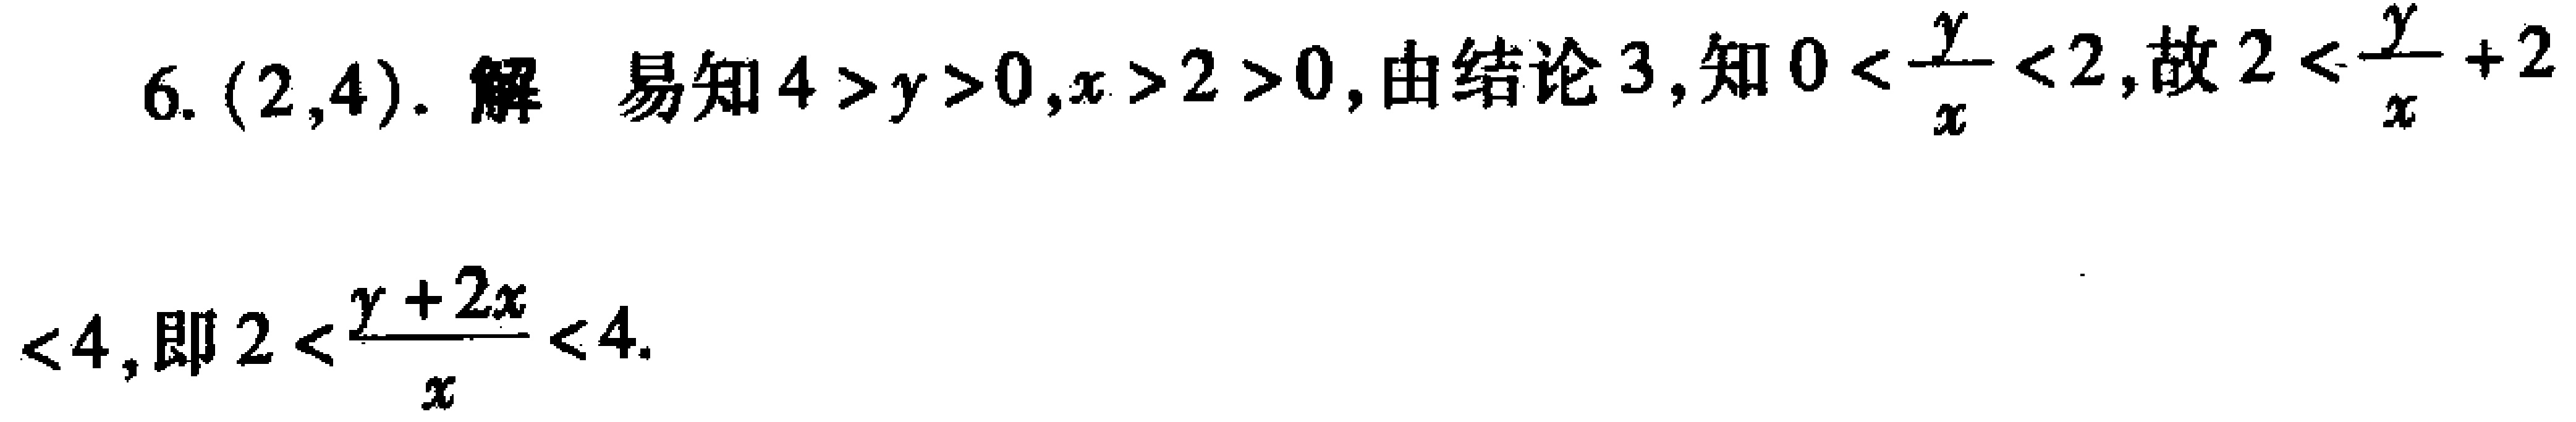
6. $(2,4)$. 解 易知$4 > y > 0,x > 2 > 0$, 由结论 3, 知$0<\frac{y}{x}<2$, 故$2<\frac{y}{x}+2$

$<4$, 即$2<\frac{y + 2x}{x}<4$.